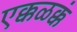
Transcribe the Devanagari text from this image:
एक्कळक्कं